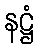
နဋ္ဌံ